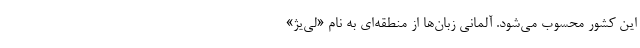
این کشور محسوب می‌شود. آلمانی زبان‌ها از منطقه‌ای به نام «لی‌یژ»